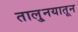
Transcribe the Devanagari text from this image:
तालु्नयातून